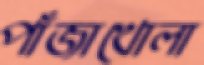
পাঁজাখোলা